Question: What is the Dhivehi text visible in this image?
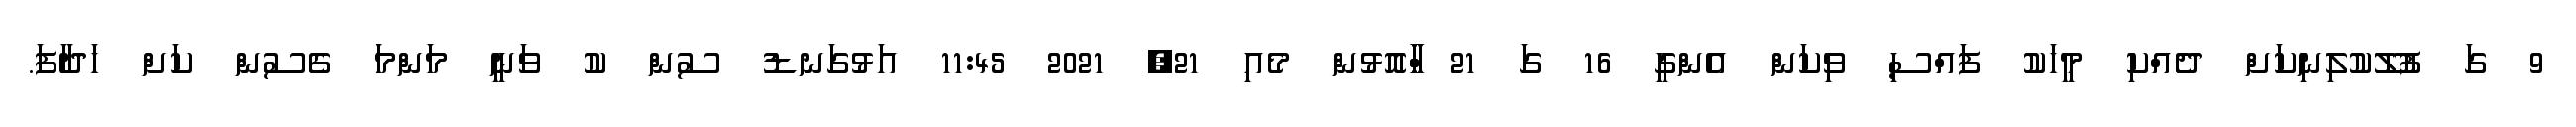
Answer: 9 ގަ ފުލޫކުލިނިކަށް ދެއްކި މީހަކު ފައްސި ވިކަން އެންގީ 16 ގަ 21 ާަަާަާަަްްއޮޅުން މެއި 21, 2021 11:45 އަޅުގަނޑު ސުން ކު ވަނީ މަންމަ ގެސުން ކަށް ހަދާފަ.